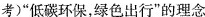
考)”低碳环保，绿色出行”的理念